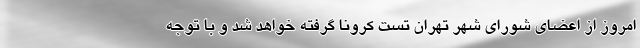
امروز از اعضای شورای شهر تهران تست کرونا گرفته خواهد شد و با توجه